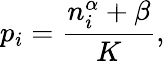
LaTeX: p_{i}=\frac{n_{i}^{\alpha}+\beta}{K},